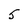
Character: 5